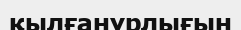
қылғанұрлығын